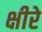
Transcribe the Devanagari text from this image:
क्षीरे